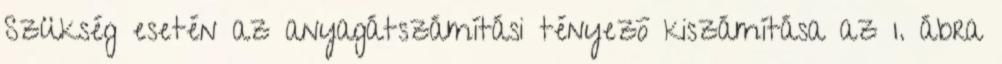
Szükség esetén az anyagátszámítási tényezõ kiszámítása az 1. ábra